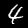
Digit: 4